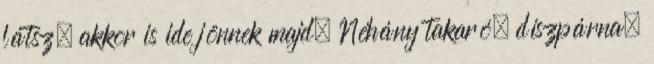
látsz, akkor is ide jönnek majd. Néhány takaró, díszpárna,